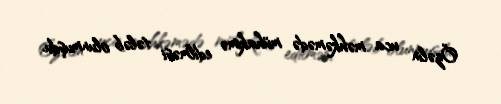
Özəlin uca məhkəmədə mühakimə edilməsi tələb olunmuşdu.